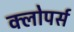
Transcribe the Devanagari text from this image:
क्लोपर्स